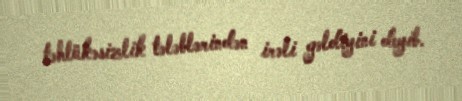
təhlükəsizlik tələblərindən irəli gəldiyini deyib.